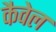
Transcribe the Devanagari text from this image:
कैवेल